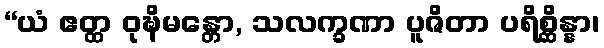
“ယံ ဧတ္ထ ဝုဍ္ဎိမန္တော, သလက္ခဏာ ပူဇိတာ ပရိစ္ဆိန္နာ၊